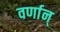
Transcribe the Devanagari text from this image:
वर्णान्